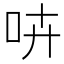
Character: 𠱥